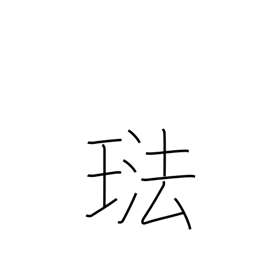
Meaning: enamel